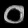
Digit: ၀